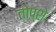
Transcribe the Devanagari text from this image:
तोप्शे